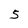
Character: 5